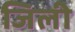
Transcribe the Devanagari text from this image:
जिली